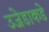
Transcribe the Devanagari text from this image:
उजेडाकडे